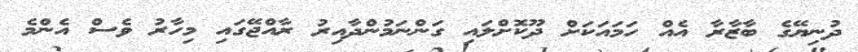
ދުނިޔޭގެ ބާޒާރާ އެއް ހަމައަކަށް ދޫކޮށްލައި ގަންނަމުންދާއިރު ރާއްޖޭގައި މިހާރު ވެސް އެންމެ